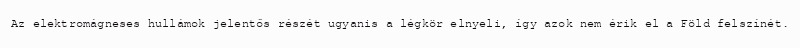
Az elektromágneses hullámok jelentős részét ugyanis a légkör elnyeli, így azok nem érik el a Föld felszínét.